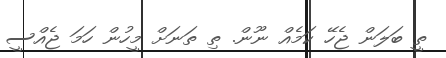
ތީ ބަލަން ޖެހޭ ކަމެއް ނޫން. ތި ތަނަށް މީހުން ހަމަ ޖެއްސީ